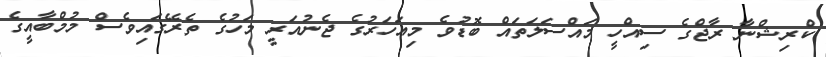
ކްރިޝްނާ ރާޖްގެ ސިއްހީ މައްސަލަތައް ބޮޑުވެ މިއަހަރުގެ ޖެނުއަރީ މަހުގެ ތެރޭގައިވެސް މުމްބާއީގެ